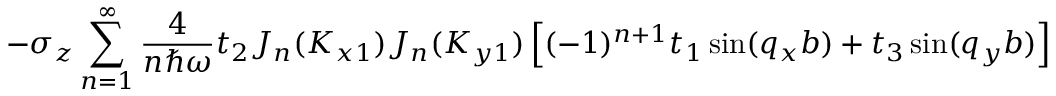
- \sigma _ { z } \sum _ { n = 1 } ^ { \infty } \frac { 4 } { n \hbar \omega } t _ { 2 } J _ { n } ( K _ { x 1 } ) J _ { n } ( K _ { y 1 } ) \left[ ( - 1 ) ^ { n + 1 } t _ { 1 } \sin ( q _ { x } b ) + t _ { 3 } \sin ( q _ { y } b ) \right] \sin ( n \varphi _ { y 1 } )